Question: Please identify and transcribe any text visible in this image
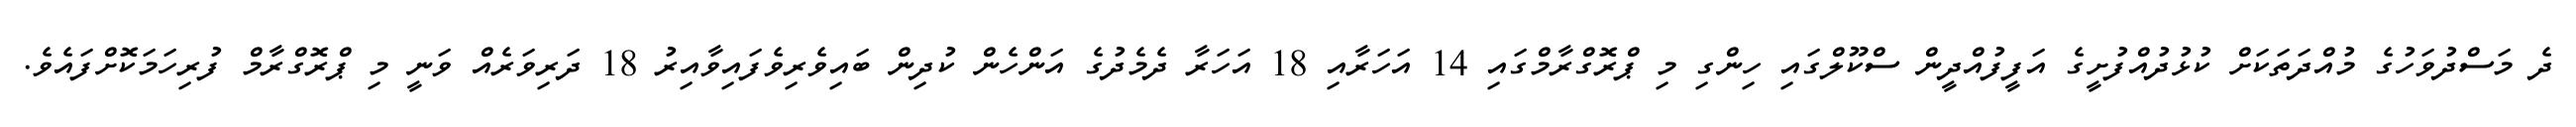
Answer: ދެ މަސްދުވަހުގެ މުއްދަތަކަށް ކުޅުދުއްފުށީގެ އަފީފުއްދީން ސްކޫލްގައި ހިންގި މި ޕްރޮގްރާމްގައި 14 އަހަރާއި 18 އަހަރާ ދެމެދުގެ އަންހެން ކުދިން ބައިވެރިވެފައިވާއިރު 18 ދަރިވަރެއް ވަނީ މި ޕްރޮގްރާމް ފުރިހަމަކޮށްފައެވެ.